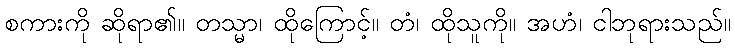
စကားကို ဆိုရာ၏။ တသ္မာ၊ ထိုကြောင့်။ တံ၊ ထိုသူကို။ အဟံ၊ ငါဘုရားသည်။